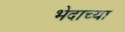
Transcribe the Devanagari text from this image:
भेदाच्या